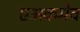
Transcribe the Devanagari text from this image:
एअकमेव